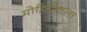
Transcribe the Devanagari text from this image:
मोहिद्दीनला